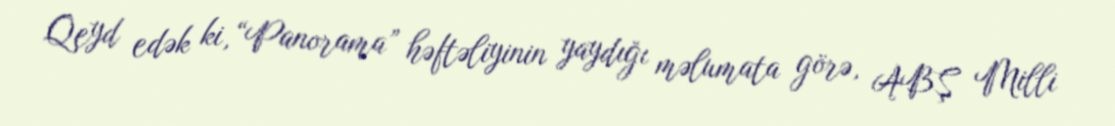
Qeyd edək ki, “Panorama” həftəliyinin yaydığı məlumata görə, ABŞ Milli